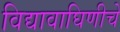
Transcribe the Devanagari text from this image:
विद्यावाघिणीचे